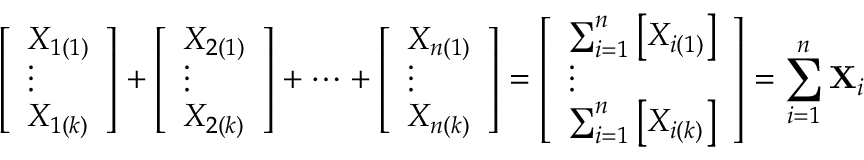
{ \left[ \begin{array} { l } { X _ { 1 ( 1 ) } } \\ { \vdots } \\ { X _ { 1 ( k ) } } \end{array} \right] } + { \left[ \begin{array} { l } { X _ { 2 ( 1 ) } } \\ { \vdots } \\ { X _ { 2 ( k ) } } \end{array} \right] } + \cdots + { \left[ \begin{array} { l } { X _ { n ( 1 ) } } \\ { \vdots } \\ { X _ { n ( k ) } } \end{array} \right] } = { \left[ \begin{array} { l } { \sum _ { i = 1 } ^ { n } \left[ X _ { i ( 1 ) } \right] } \\ { \vdots } \\ { \sum _ { i = 1 } ^ { n } \left[ X _ { i ( k ) } \right] } \end{array} \right] } = \sum _ { i = 1 } ^ { n } \mathbf { X } _ { i }